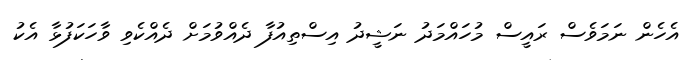
އެހެން ނަމަވެސް ރައީސް މުހައްމަދު ނަޝީދު އިސްތިއުފާ ދެއްވުމަށް ދެއްކެވި ވާހަކަފުޅާ އެކު